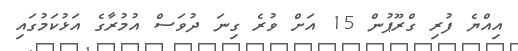
އިއްޔެ ފުރި ގްރޫޕުން 15 އަށް ވުރެ ގިނަ ދުވަސް އުމުރާގެ އަޅުކަމުގައި